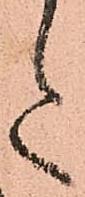
た